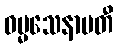
ဓမ္မသေနာပတီ